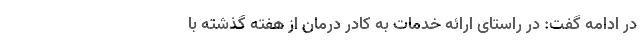
در ادامه گفت: در راستای ارائه خدمات به کادر درمان از هفته گذشته با